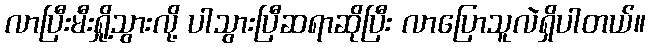
လာပြီးမီးရှို့သွားလို့ ပါသွားပြီဆရာဆိုပြီး လာပြောသူလဲရှိပါတယ်။